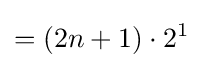
=(2n+1)\cdot 2^{1}